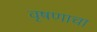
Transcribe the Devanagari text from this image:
वृषणाचा